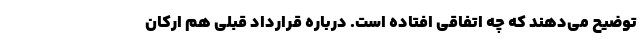
توضیح می‌دهند که چه اتفاقی افتاده است. درباره قرارداد قبلی هم ارکان